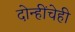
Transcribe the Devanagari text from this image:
दोन्हींचेही